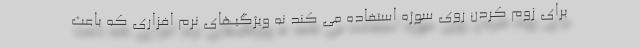
برای زوم کردن روی سوژه استفاده می کند نه ویژگیهای نرم افزاری که باعث